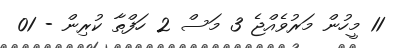
11 މީހުން މަރުވެއްޖެ 3 މަސް 2 ހަފްތާ ކުރިން - 01